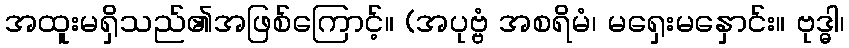
အထူးမရှိသည်၏အဖြစ်ကြောင့်။ (အပုဗ္ဗံ အစရိမံ၊ မရှေးမနှောင်း။ ဗုဒ္ဓါ၊